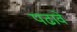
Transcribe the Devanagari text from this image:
पढावे